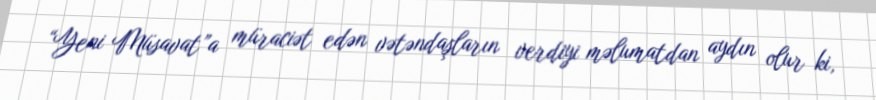
“Yeni Müsavat”a müraciət edən vətəndaşların verdiyi məlumatdan aydın olur ki,